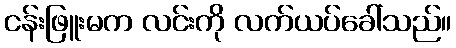
ငန်းဖြူးမက လင်းကို လက်ယပ်ခေါ်သည်။